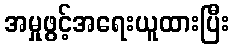
အမှုဖွင့်အရေးယူထားပြီး